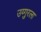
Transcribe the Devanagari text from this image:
उय्गुरला